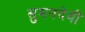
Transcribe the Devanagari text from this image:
सुमनदेवी